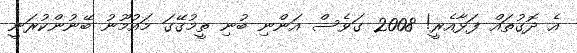
އެ ދޮގުތައް ފަޅާއެރީ! 2008 ގަވެސް އަންނި ބުނި ތީމުގޭގަ މައުމޫނު ބޭނުންކުރަނީ